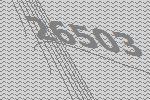
26503